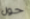
حول